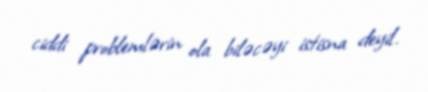
ciddi problemlərin ola biləcəyi istisna deyil.